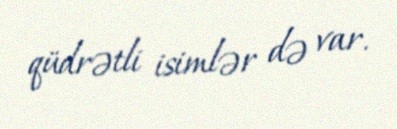
qüdrətli isimlər də var.